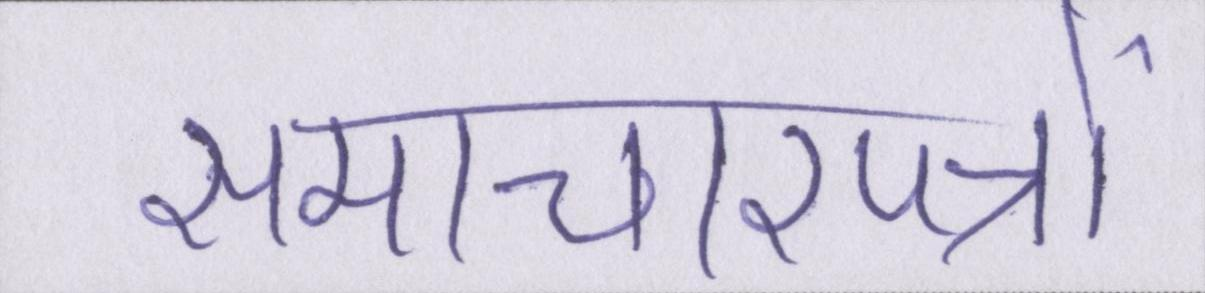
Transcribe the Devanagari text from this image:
समाचारपत्रों